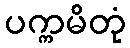
ပက္ကမိတုံ